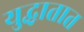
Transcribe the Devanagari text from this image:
युद्धातात